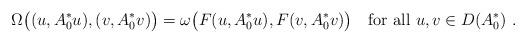
LaTeX: \begin{align*}\Omega\bigl((u,A_0^*u),(v,A_0^*v)\bigr) = \omega\bigl(F(u,A_0^*u),F(v,A_0^*v)\bigr) \quad\hbox{for all }u,v\in D(A_0^*)\ .\end{align*}